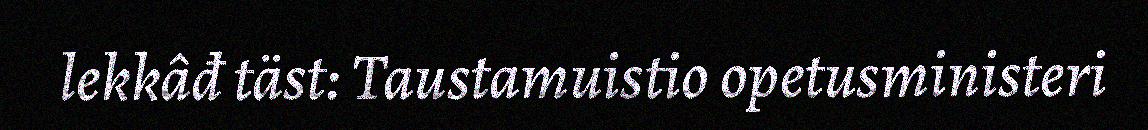
lekkâđ täst: Taustamuistio opetusministeri